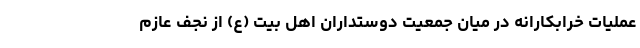
عملیات خرابکارانه در میان جمعیت دوستداران اهل بیت (ع) از نجف عازم